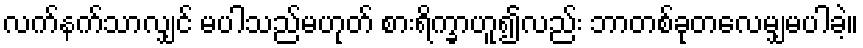
လက်နက်သာလျှင် မပါသည်မဟုတ် စားရိက္ခာဟူ၍လည်း ဘာတစ်ခုတလေမျှမပါခဲ့။